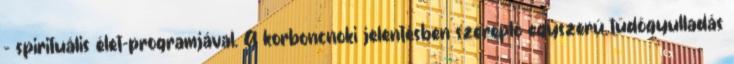
- spirituális élet-programjával. A korboncnoki jelentésben szereplõ egyszerû tüdõgyulladás